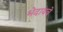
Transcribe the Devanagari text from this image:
भेदायचे